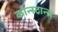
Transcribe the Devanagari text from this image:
कोन्स्टान्स